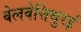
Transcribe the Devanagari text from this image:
वेलवेत्तिथुरई